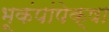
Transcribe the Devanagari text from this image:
भूकंपांपेक्षा